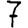
Digit: 7